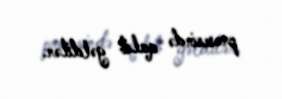
prosesində qalib gəldilər.